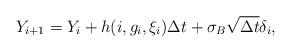
LaTeX: \begin{align*} \begin{aligned} Y_{i+1} &= Y_i + h(i,g_i, \xi_i)\Delta t + \sigma_B \sqrt{\Delta t}\delta_i, \end{aligned}\end{align*}